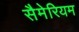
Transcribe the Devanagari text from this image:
सैमेरियम